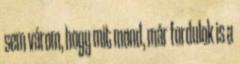
sem várom, hogy mit mond, már fordulok is a